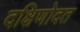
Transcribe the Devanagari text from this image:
दक्षिणोदत